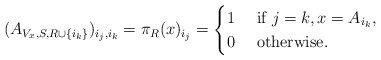
\begin{align*}(A_{V_x,S,{R} \cup \{i_k\}})_{i_j,i_k} = \pi_{R}(x)_{i_j} = \begin{cases}1 &\textrm{ if } j = k, x = A_{i_k}, \\0 &\textrm{ otherwise. } \\\end{cases}\end{align*}